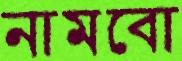
নামবো